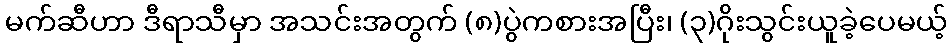
မက်ဆီဟာ ဒီရာသီမှာ အသင်းအတွက် (၈)ပွဲကစားအပြီး၊ (၃)ဂိုးသွင်းယူခဲ့ပေမယ့်